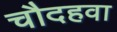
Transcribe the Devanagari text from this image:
चौदहवा